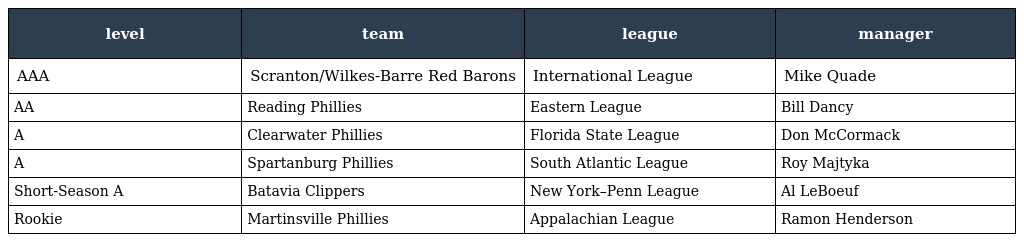
| level | team | league | manager |
 | --- | --- | --- | --- |
 | AAA | Scranton/Wilkes-Barre Red Barons | International League | Mike Quade |
 | AA | Reading Phillies | Eastern League | Bill Dancy |
 | A | Clearwater Phillies | Florida State League | Don McCormack |
 | A | Spartanburg Phillies | South Atlantic League | Roy Majtyka |
 | Short-Season A | Batavia Clippers | New York–Penn League | Al LeBoeuf |
 | Rookie | Martinsville Phillies | Appalachian League | Ramon Henderson |